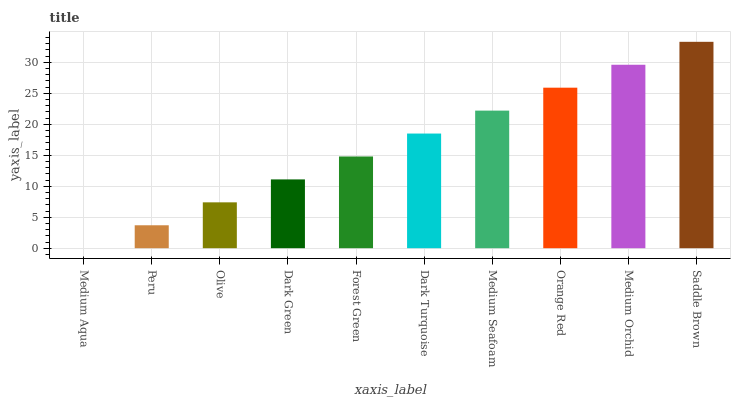
| xaxis_label | bars |
 | --- | --- |
 | Medium Aqua | 0 |
 | Peru | 3.7 |
 | Olive | 7.4 |
 | Dark Green | 11.1 |
 | Forest Green | 14.8 |
 | Dark Turquoise | 18.5 |
 | Medium Seafoam | 22.2 |
 | Orange Red | 25.9 |
 | Medium Orchid | 29.6 |
 | Saddle Brown | 33.3 |